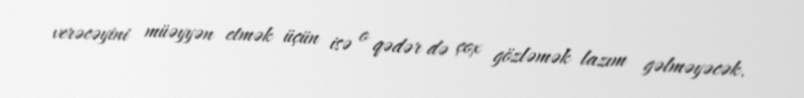
verəcəyini müəyyən etmək üçün isə o qədər də çox gözləmək lazım gəlməyəcək.